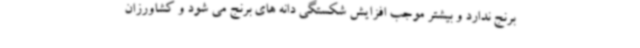
برنج ندارد و بیشتر موجب افزایش شکستگی دانه های برنج می شود و کشاورزان